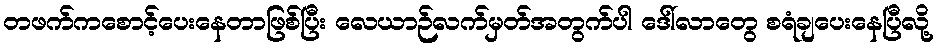
တဖက်ကစောင့်ပေးနေတာဖြစ်ပြီး လေယာဉ်လက်မှတ်အတွက်ပါ ဒေါ်လာတွေ စရံချပေးနေပြီလို့